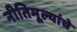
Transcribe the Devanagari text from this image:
नीतिमूल्यांचे